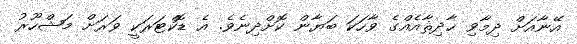
އޭނާއަށް ދިމާވި ޙާދިޘާއެއްގެ ވާހަކަ ބަޔާން ކޮށްދިނެވެ. އެ ޑޮކްޓަރަކީ ވަރަށް މަޝްހޫރު